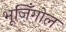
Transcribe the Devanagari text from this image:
भूजिँगोल